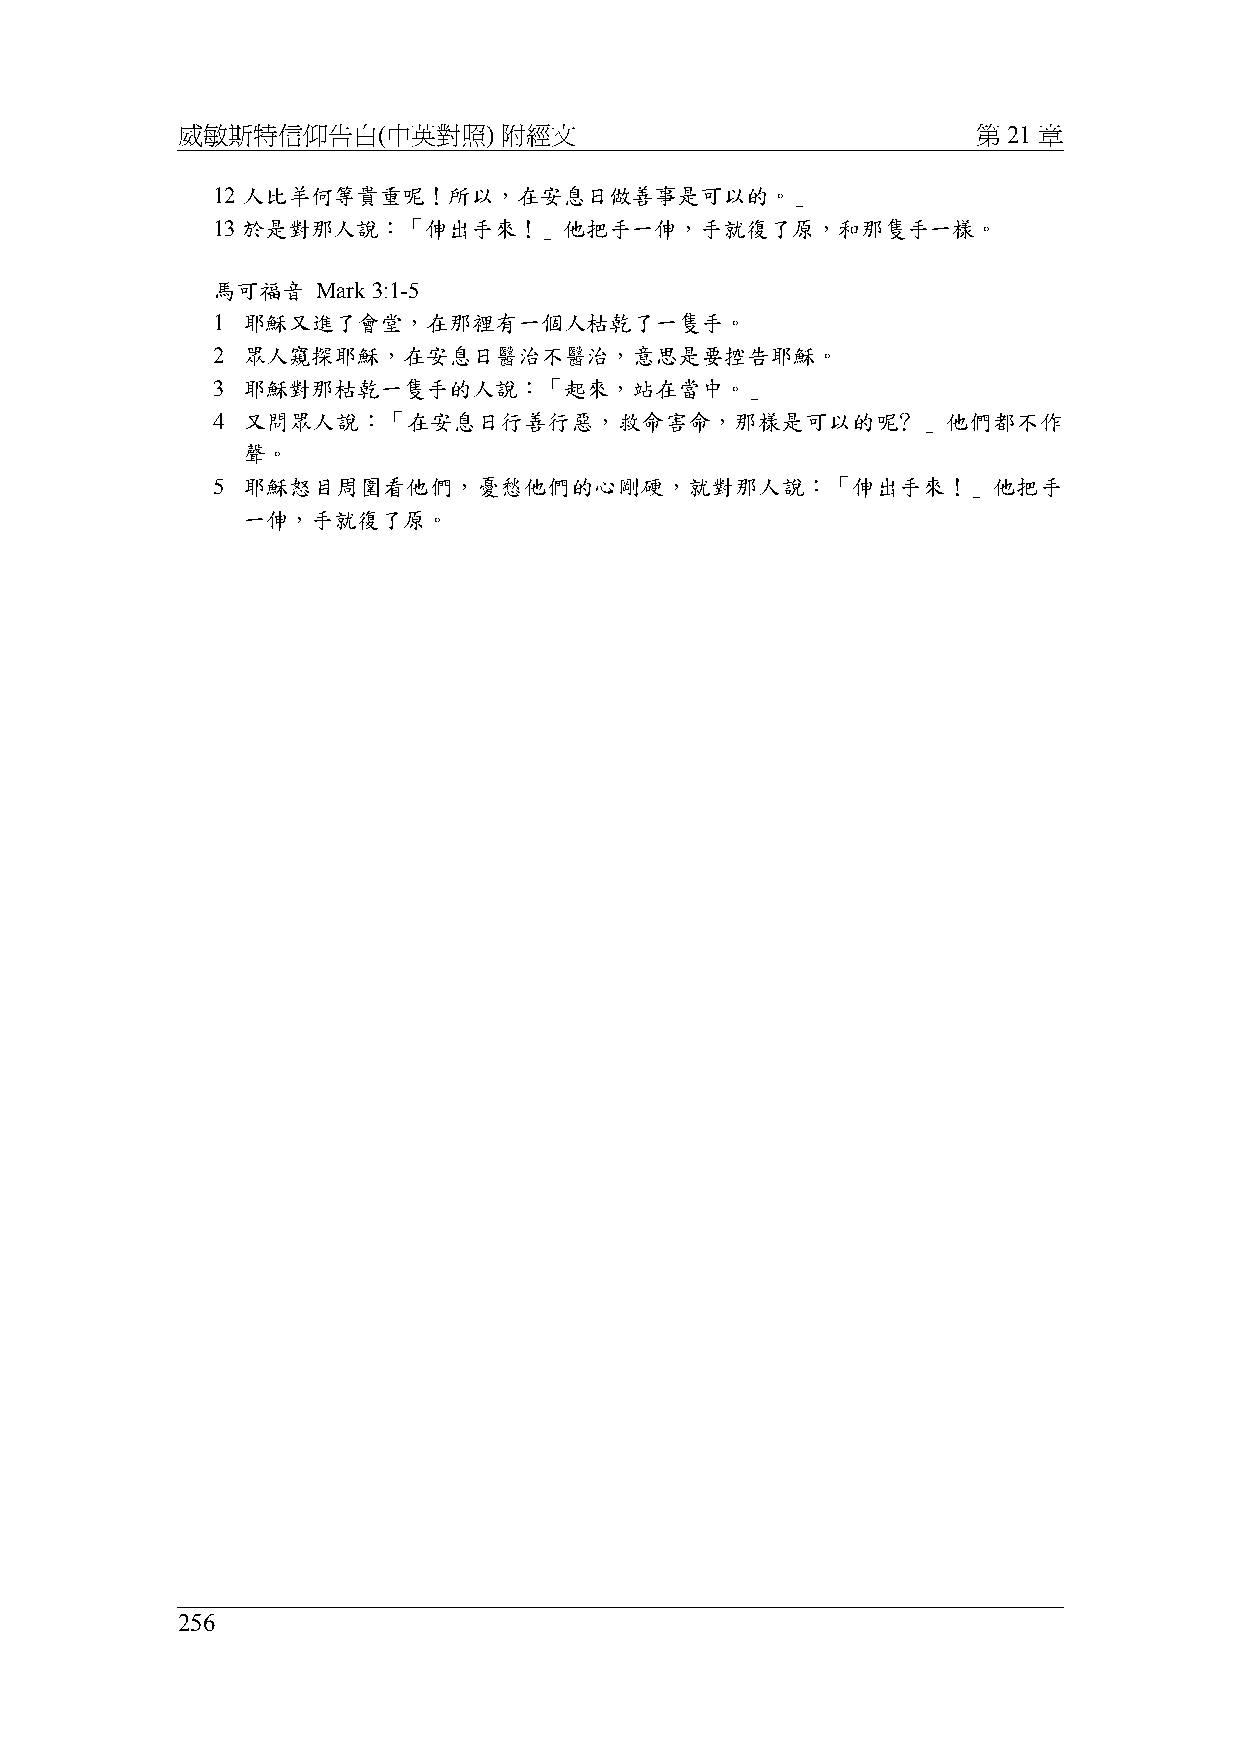
威敏斯特信仰告白(中英對照)       附經文                             第 21 章
 12 人比羊何等貴重呢！所以，在安息日做善事是可以的。」
 13 於是對那人說：「伸出手來！」他把手一伸，手就復了原，和那隻手一樣。
 馬可福音   Mark 3:1-5
 1 耶穌又進了會堂，在那裡有一個人枯乾了一隻手。
 2 眾人窺探耶穌，在安息日醫治不醫治，意思是要控告耶穌。
 3 耶穌對那枯乾一隻手的人說：「起來，站在當中。」
 4 又問眾人說：「在安息日行善行惡，救命害命，那樣是可以的呢﹖」他們都不作
 聲。
 5 耶穌怒目周圍看他們，憂愁他們的心剛硬，就對那人說：「伸出手來！」他把手
 一伸，手就復了原。
 256